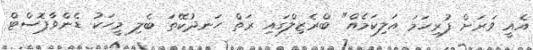
އެއީ ވަރަށް ފުރިހަމަ އަލިކަމެއް" ބްރެޒިލްގައި ރަތް ހަނދުކޭތަ ބެލި މީހަކު ޑެންވާޕޮސްޓް